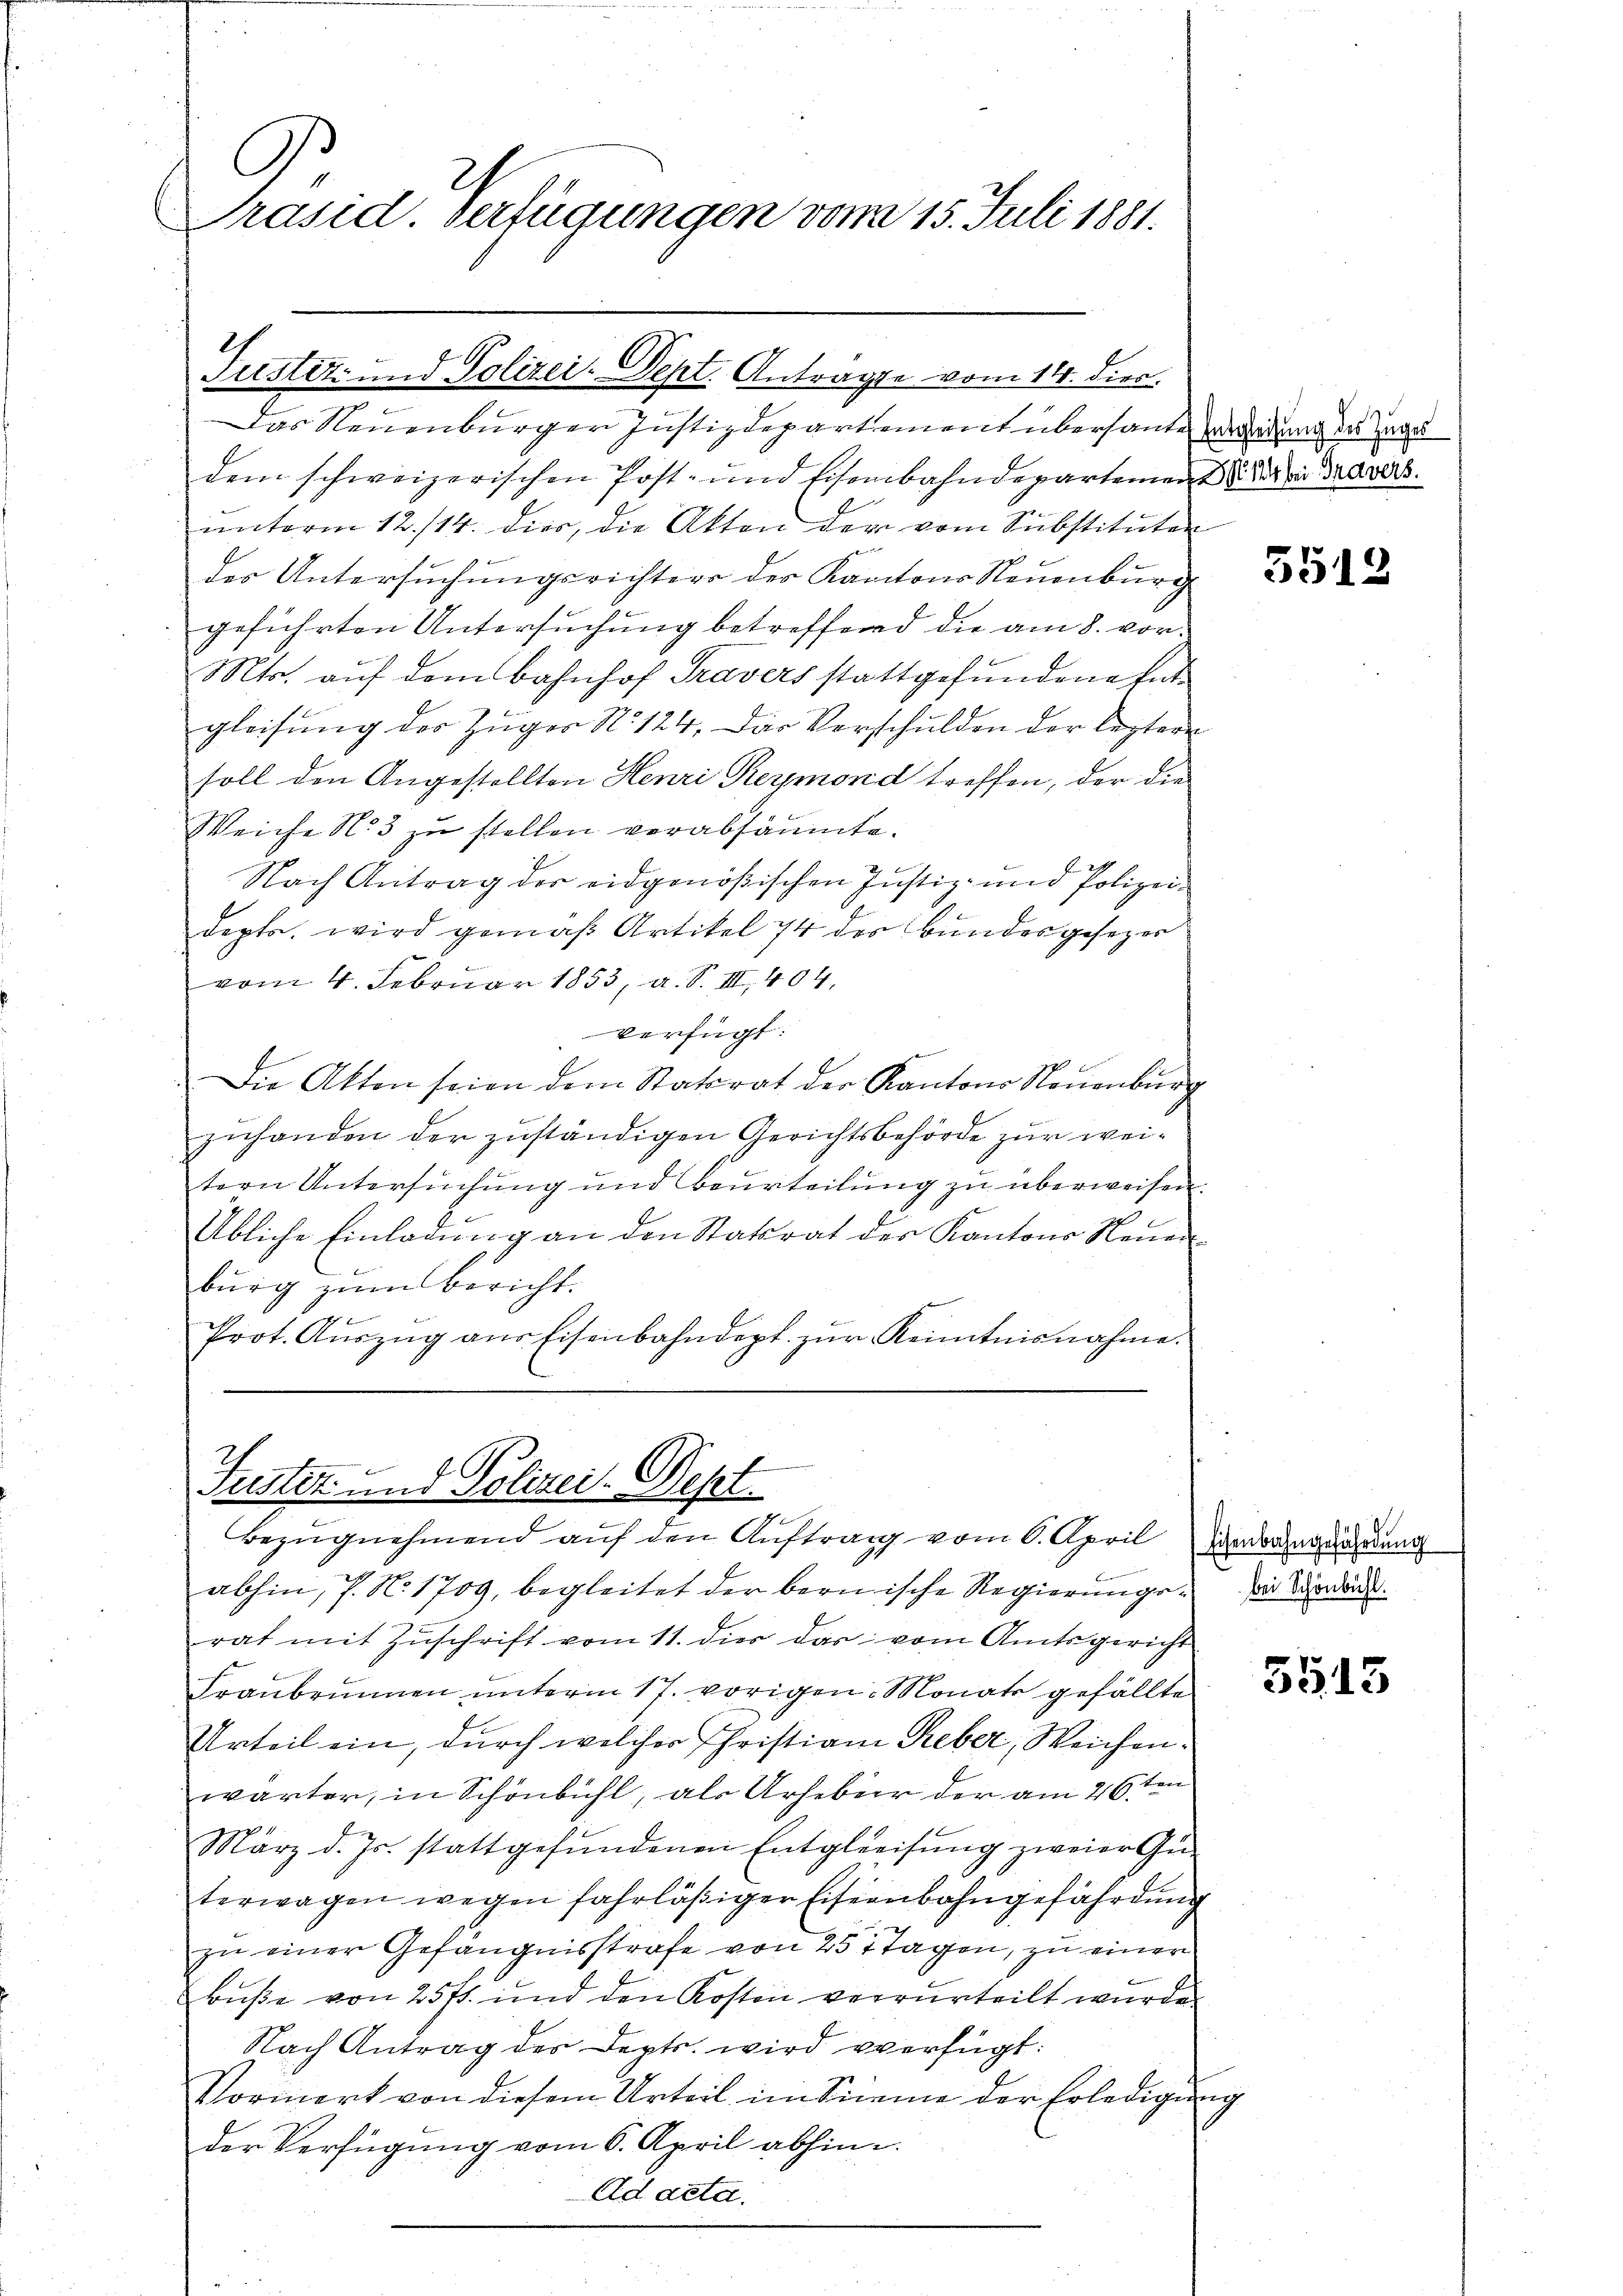
C
Präsid. Verfügungen vom 15. Juli 1881.

Tustiz- und Polizei-Sept. Anträgte vom 14. dies

e
Das Neuenburger Justizdepartement überhaute erredung des Zuges
dem schweizerischen Post- und Eisenbahndepartement der in da das
unterm 12./14. dies, die Akten der vom Substituten
der Untersuchungsrichter des Kantons Neuenburg
geführten Untersuchung betreffend die am 8. vor¬
Mts. auf dem Bahnhof Travers stattgefundene Entgleisung des Züger No 124. Das Vorschulden der leztere
soll den Angestellten Henri Reymond treffen, der die
Weiche N. 3 zu stellen verabsäumte.
2
Nach Antrag der eidgenößischen Justiz- und Polizei-
depts, wird gemäß Artikel 74 des Bundesgesezer
vom 4. Februar 1853, a. S. III. 404,
Verfügt:
Die Akten seien dem Statsrat der Kantons Neuenburg
zuhanden der zuständigen Gerichtsbehörde zur weitern Untersuchung und Beurteilung zu überweisen.
Übliche Einladŭng an den Statsrat der Kantons Neuen
burg zum Bericht.
Prot. Aŭszŭg ans Eisenbahndept. zŭr Kenntnisnahme.

Puster- und Polizei-Dept
Bezugnehmend auf den Auftrag vom 6. April jedergegendung

abhin, 7. No 1709, begleitet der bernische Regierungen Morden.
rat mit Zuschrift vom 11. dies das vom Amtsgericht
Franbrunnen unterm 17. vorigen Monat gefällte
Urteil ein, durch welcher Christian Reber, Weichenwärter, in Schönbühl, als Urheber der am 26ten
März d. Js. stattgefŭndenen Entgleeisŭng zweier Gŭ-
terwagen wegen fahrläßiger Eisenbahngefährdung
zu einer Gefängnisstrafe von 25 Tagen, zu einer
Buße von 257. und den Kosten verrurteilt wurde
Nach Antrag des Depts wird verfügt:
Vormerk von diesem Urteil im Sinne der Erledigung
der Verfügung vom 6. April abhin
Ad acta.

5512

3515